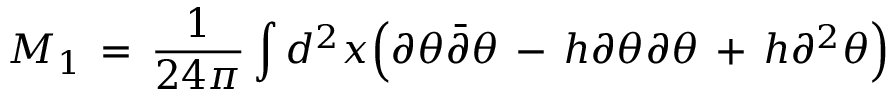
M _ { 1 } \, = \, { \frac { 1 } { 2 4 \pi } } \int d ^ { 2 } x \Big ( \partial \theta { \bar { \partial } } \theta \, - \, h \partial \theta \partial \theta \, + \, h \partial ^ { 2 } \theta \Big )